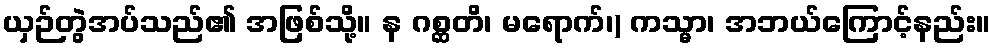
ယှဉ်တွဲအပ်သည်၏ အဖြစ်သို့။ န ဂစ္ဆတိ၊ မရောက်၊) ကသ္မာ၊ အဘယ်ကြောင့်နည်း။